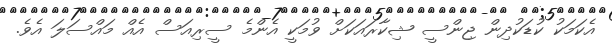
އެކަމަކު ކުޑަކުދިން ޖިންސީ ޝިކާރައަކަށް ވުމަކީ އެންމެ ސީރިއަސް އެއް މައްސަލަ އެވެ.